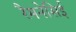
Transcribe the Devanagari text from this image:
रैमनेसिई